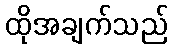
ထိုအချက်သည်